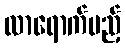
လာရောက်မည့်